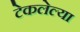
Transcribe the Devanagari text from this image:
टेकलेल्या